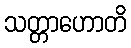
သတ္တာဟောတိ